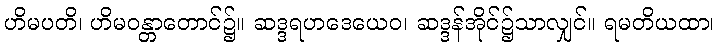
ဟိမပတိ၊ ဟိမဝန္တာတောင်၌။ ဆဒ္ဒရဟဒေယေဝ၊ ဆဒ္ဒန်အိုင်၌သာလျှင်။ ရမတိယထာ၊